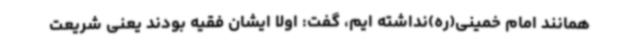
همانند امام خمینی(ره)نداشته ایم، گفت: اولا ایشان فقیه بودند یعنی شریعت